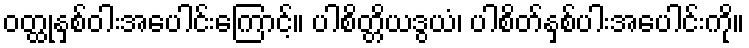
ဝတ္ထုနှစ်ဝါးအပေါင်းကြောင့်။ ပါစိတ္တိယဒွယံ၊ ပါစိတ်နှစ်ပါးအပေါင်းကို။